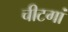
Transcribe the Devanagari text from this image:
चीटगां